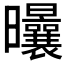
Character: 𣌝